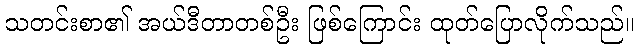
သတင်းစာ၏ အယ်ဒီတာတစ်ဦး ဖြစ်ကြောင်း ထုတ်ပြောလိုက်သည်။